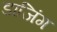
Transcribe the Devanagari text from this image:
डाजिंग